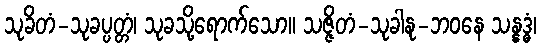
သုခိတံ-သုခပ္ပတ္တံ၊ သုခသို့ရောက်သော။ သဇ္ဇိတံ-သုခါနု-ဘဝနေ သန္နဒ္ဓံ၊